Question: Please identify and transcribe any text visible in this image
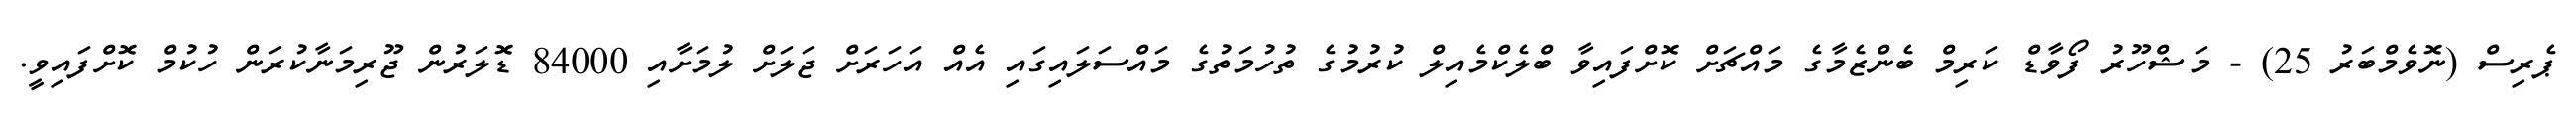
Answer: ޕެރިސް (ނޮވެމްބަރު 25) - މަޝްހޫރު ފޯވާޑް ކަރިމް ބެންޒެމާގެ މައްޗަށް ކޮށްފައިވާ ބްލެކްމެއިލް ކުރުމުގެ ތުހުމަތުގެ މައްސަލައިގައި އެއް އަހަރަށް ޖަލަށް ލުމަށާއި 84000 ޑޮލަރުން ޖޫރިމަނާކުރަން ހުކުމް ކޮށްފައިވީ.